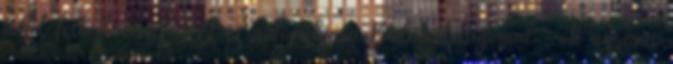
lehet felhajtani az M7-es autópályára Balatonvilágosnál , ott ugyanis